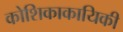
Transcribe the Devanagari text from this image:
कोशिकाकायिकी